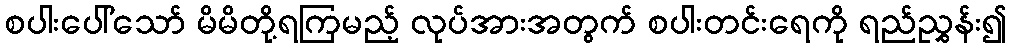
စပါးပေါ်သော် မိမိတို့ရကြမည့် လုပ်အားအတွက် စပါးတင်းရေကို ရည်ညွှန်း၍